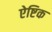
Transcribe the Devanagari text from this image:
ऐष्टिक